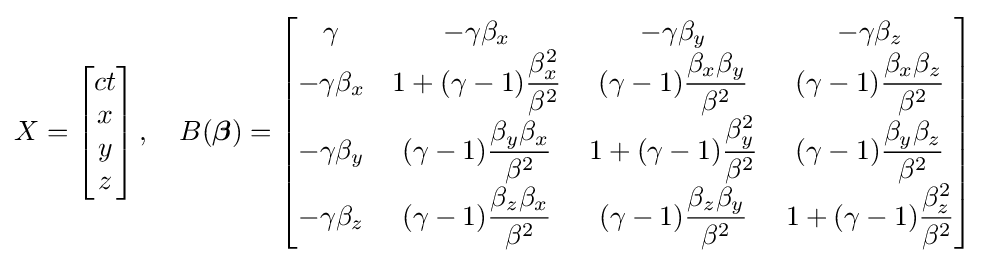
X={\begin{bmatrix}ct\\x\\y\\z\end{bmatrix}}\,,\quad B({\boldsymbol {\beta }})={\begin{bmatrix}\gamma &-\gamma \beta _{x}&-\gamma \beta _{y}&-\gamma \beta _{z}\\-\gamma \beta _{x}&1+(\gamma -1){\dfrac {\beta _{x}^{2}}{\beta ^{2}}}&(\gamma -1){\dfrac {\beta _{x}\beta _{y}}{\beta ^{2}}}&(\gamma -1){\dfrac {\beta _{x}\beta _{z}}{\beta ^{2}}}\\-\gamma \beta _{y}&(\gamma -1){\dfrac {\beta _{y}\beta _{x}}{\beta ^{2}}}&1+(\gamma -1){\dfrac {\beta _{y}^{2}}{\beta ^{2}}}&(\gamma -1){\dfrac {\beta _{y}\beta _{z}}{\beta ^{2}}}\\-\gamma \beta _{z}&(\gamma -1){\dfrac {\beta _{z}\beta _{x}}{\beta ^{2}}}&(\gamma -1){\dfrac {\beta _{z}\beta _{y}}{\beta ^{2}}}&1+(\gamma -1){\dfrac {\beta _{z}^{2}}{\beta ^{2}}}\\\end{bmatrix}}